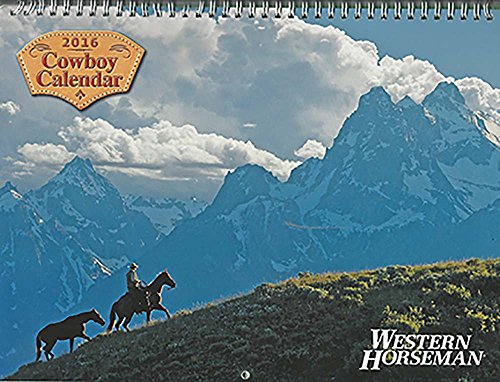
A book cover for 2016 Western Horseman Cowboy Calendar; Calendars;